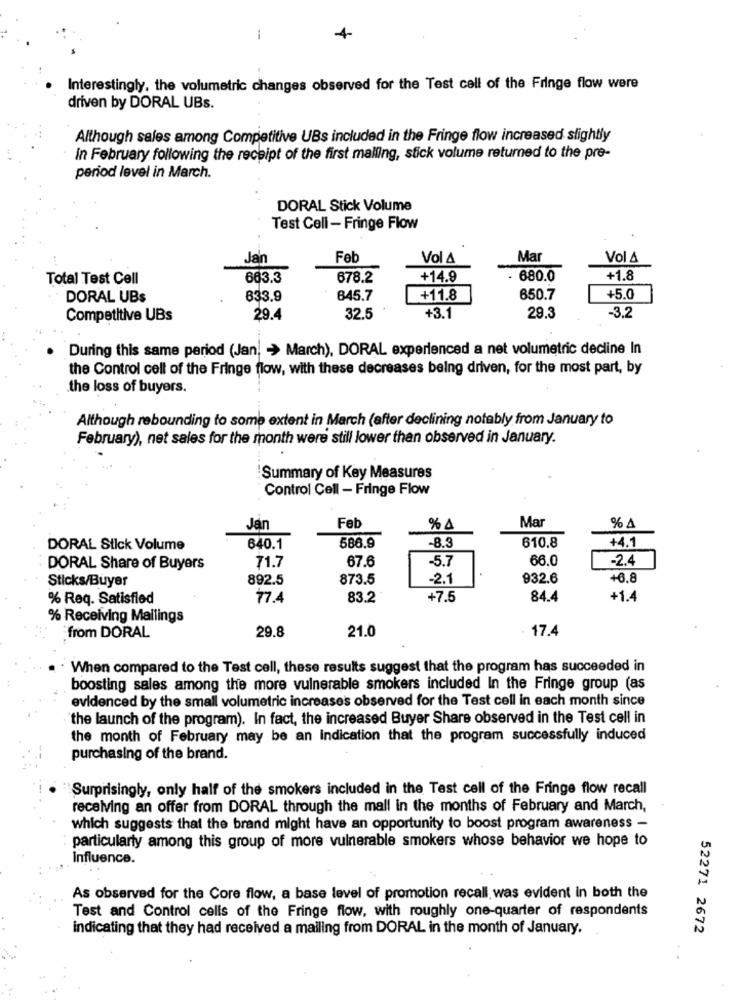
-
4
Interestingly, the volumetric changes observed for the Test call of the Fringe flow were
driven by DORAL UBs.
Although sales among Competitive UBs included in the Fringe flow increased slightly
In February following the receipt of the first malling, stick volume returned to the pre-
period level in March.
DORAL Stick Volume
Test Cell - Fringe Flow
Jan
Feb
Vol A
Mar
Vol 4
Total Test Cell
663.3
678.2
+14.9
. 680.0
+1.8
DORAL UBs
833.9
645.7
+11.8
650.7
+5.0
-3.2
Competitive UBs
29.4
32.5
+3.1
29.3
During this same period (Jan, - > March), DORAL experienced a net volumetric decline In
the Control cell of the Fringe flow, with these decreases being driven, for the most part, by
the loss of buyers.
Although rebounding to some extent in March (after declining notably from January to
February), net sales for the month were still lower than observed in January.
Summary of Key Measures
Control Cell - Fringe Flow
Mar
Jan
Feb
% 4
% A
586.9
610.8
+4.1
DORAL Stick Volume
640.1
-8.5
67.6
-5.7
66.0
-2.4
DORAL Share of Buyers
71.7
Sticks/Buyer
892.5
873.5
-2.1
932.6
+6.8
% Req. Satisfied
77.4
83.2
+7.5
84.4
+1.4
% Receiving Mailings
21.0
17.4
from DORAL
29.8
When compared to the Test cell, these results suggest that the program has succeeded in
boosting sales among the more vulnerable smokers included In the Fringe group (as
evidenced by the small volumetric increases observed for the Test cell in each month since
the launch of the program). In fact, the increased Buyer Share observed in the Test cell in
the month of February may be an Indication that the program successfully induced
purchasing of the brand.
Surprisingly, only half of the smokers included in the Test cell of the Fringe flow recall
receiving an offer from DORAL through the mall in the months of February and March,
which suggests that the brand might have an opportunity to boost program awareness -
particularly among this group of more vulnerable smokers whose behavior we hope to
Influence.
As observed for the Core flow, a base level of promotion recall, was evident in both the
Test and Control cells of the Fringe flow, with roughly one-quarter of respondents
indicating that they had received a mailing from DORAL in the month of January.
52271 2672